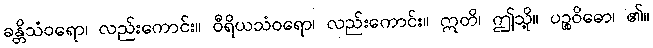
ခန္တိသံဝရော၊ လည်းကောင်း။ ဝီရိယသံဝရော၊ လည်းကောင်း။ ဣတိ၊ ဤသို့။ ပဉ္စဝိဓော၊ ၏။